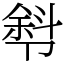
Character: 厁